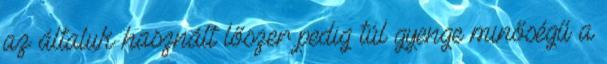
az általuk használt lőszer pedig túl gyenge minőségű a